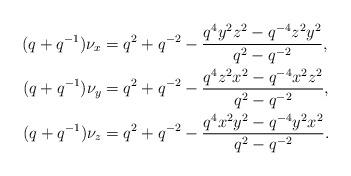
LaTeX: \begin{align*}(q+q^{-1})\nu_x &= q^2 + q^{-2} - \frac{q^4 y^2 z^2 - q^{-4}z^2y^2}{q^2-q^{-2}},\\(q+q^{-1})\nu_y &= q^2 + q^{-2} - \frac{q^4 z^2 x^2 - q^{-4}x^2z^2}{q^2-q^{-2}},\\(q+q^{-1})\nu_z &= q^2 + q^{-2} - \frac{q^4 x^2 y^2 - q^{-4}y^2x^2}{q^2-q^{-2}}.\end{align*}